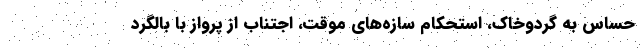
حساس به گردوخاک، استحکام سازه‌های موقت، اجتناب از پرواز با بالگرد